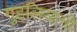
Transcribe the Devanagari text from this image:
गुइलियानो